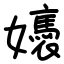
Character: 㜵